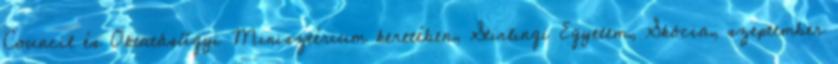
Council és Oktatásügyi Minisztérium keretében, Stirlingi Egyetem, Skócia, szeptember